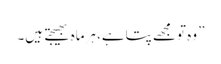
” وہ تومجھے پتاہے، ہرماہ بھیجتے ہیں۔